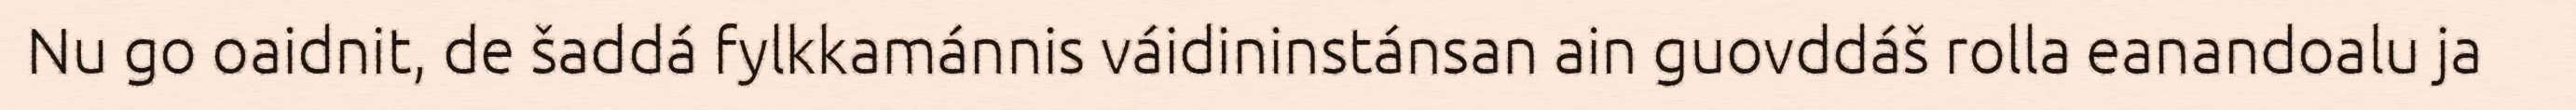
Nu go oaidnit, de šaddá fylkkamánnis váidininstánsan ain guovddáš rolla eanandoalu ja